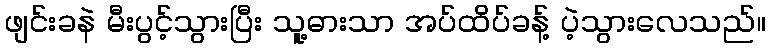
ဖျင်းခနဲ မီးပွင့်သွားပြီး သူ့ဓားသာ အပ်ထိပ်ခန့် ပဲ့သွားလေသည်။